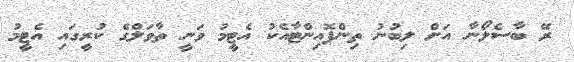
ރޭ ބާސެލޯނާ އަށް ލިބުނު ތިންޕޮއިންޓާއެކު އެޓީމު ވަނީ ތާވަލްގެ ކުރީގައި އެޓީމު